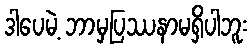
ဒါပေမဲ့ ဘာမှပြဿနာမရှိပါဘူး